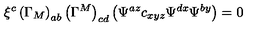
\xi ^ { c } \left( \Gamma _ { M } \right) _ { a b } \left( \Gamma ^ { M } \right) _ { c d } \left( \Psi ^ { a z } c _ { x y z } \Psi ^ { d x } \Psi ^ { b y } \right) = 0